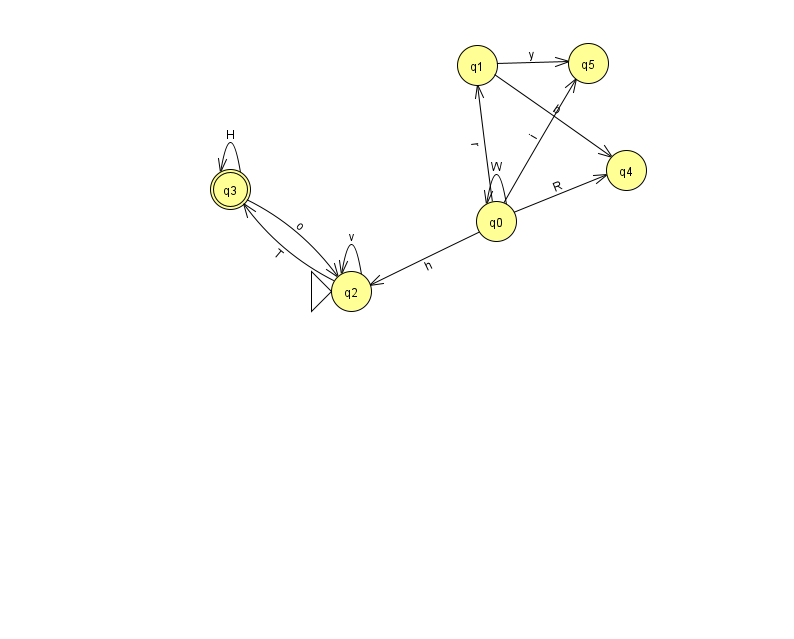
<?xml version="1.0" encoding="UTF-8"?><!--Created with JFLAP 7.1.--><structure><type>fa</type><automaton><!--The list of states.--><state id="0" name="q0"><x>496.0</x><y>208.0</y></state><state id="1" name="q1"><x>477.0</x><y>52.0</y></state><state id="2" name="q2"><x>351.0</x><y>278.0</y><initial/></state><state id="3" name="q3"><x>230.0</x><y>176.0</y><final/></state><state id="4" name="q4"><x>626.0</x><y>157.0</y></state><state id="5" name="q5"><x>588.0</x><y>50.0</y></state><!--The list of transitions.--><transition><from>2</from><to>3</to><read>T</read></transition><transition><from>1</from><to>5</to><read>y</read></transition><transition><from>0</from><to>4</to><read>R</read></transition><transition><from>2</from><to>2</to><read>v</read></transition><transition><from>0</from><to>0</to><read>W</read></transition><transition><from>0</from><to>5</to><read>i</read></transition><transition><from>3</from><to>3</to><read>H</read></transition><transition><from>1</from><to>4</to><read>b</read></transition><transition><from>3</from><to>2</to><read>o</read></transition><transition><from>0</from><to>2</to><read>h</read></transition><transition><from>0</from><to>1</to><read>r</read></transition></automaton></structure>